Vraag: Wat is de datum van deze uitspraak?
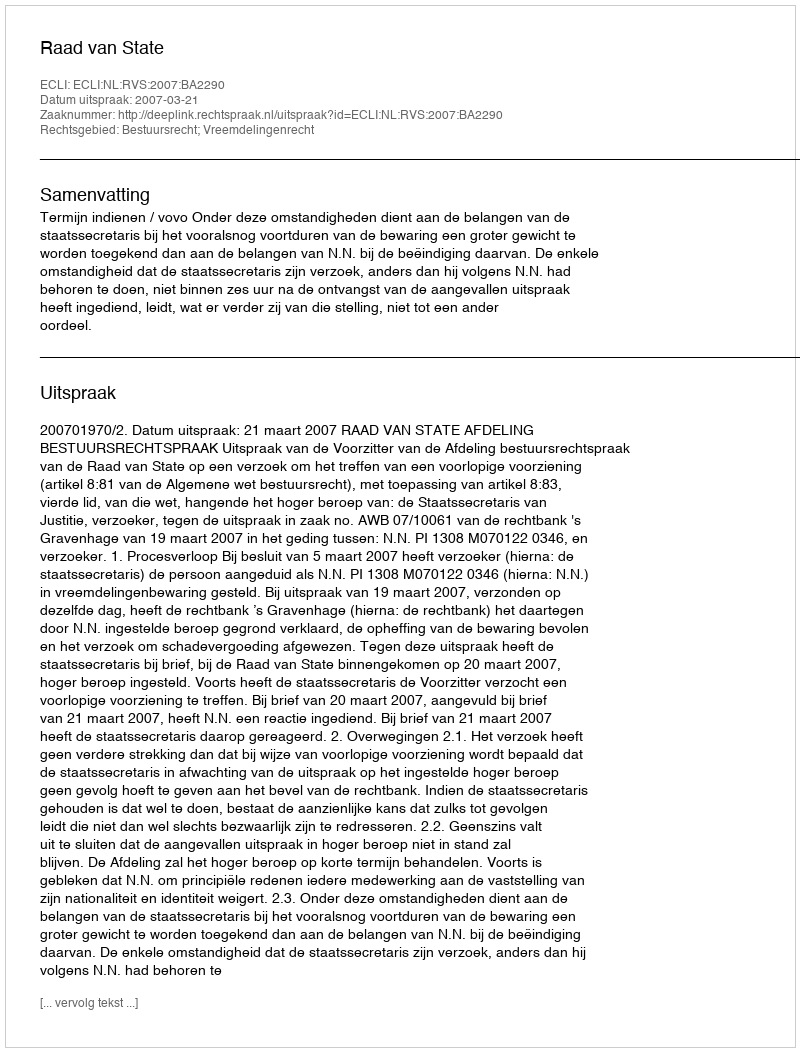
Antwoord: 2007-03-21